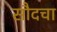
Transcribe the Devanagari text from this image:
सौदचा